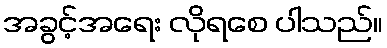
အခွင့်အရေး လိုရစေ ပါသည်။